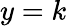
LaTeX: y=k